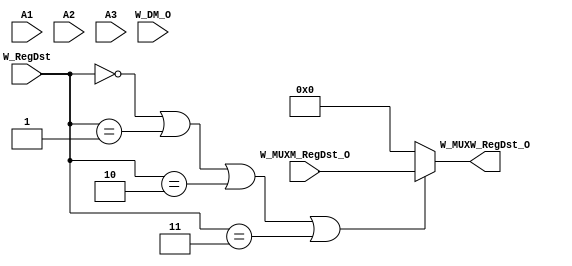
`timescale 1ns / 1ps
//////////////////////////////////////////////////////////////////////////////////
// Company: 
// Engineer: 
// 
// Design Name: 
// Module Name:    MUXW_RegDst 
// Project Name: 
// Target Devices: 
// Tool versions: 
// Description: 
//
// Dependencies: 
//
// Revision: 
// Revision 0.01 - File Created
// Additional Comments: 
//
//////////////////////////////////////////////////////////////////////////////////
module MUXW_RegDst(
    input [4:0] W_MUXM_RegDst_O,
    input [4:0] A1,
    input [4:0] A2,
    input [4:0] A3,
    input [3:0] W_RegDst,
	 input [31:0] W_DM_O,
    output reg [4:0] W_MUXW_RegDst_O
    );
	 always@(*) begin
		if (W_RegDst == 4'b0000 || W_RegDst == 4'b0001 || W_RegDst == 4'b0010 || W_RegDst == 4'b0011) begin
			W_MUXW_RegDst_O = W_MUXM_RegDst_O;
		end
		else begin
			W_MUXW_RegDst_O = 5'b00000;
		end
	 end
	 

endmodule